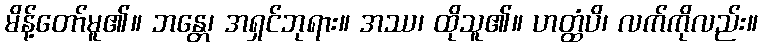
မိန့်တော်မူ၏။ ဘန္တေ၊ အရှင်ဘုရား။ အဿ၊ ထိုသူ၏။ ဟတ္ထံပိ၊ လက်ကိုလည်း။